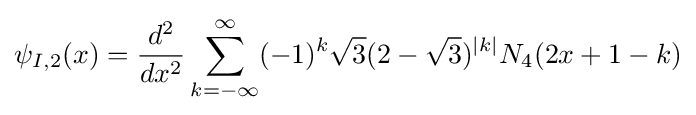
\psi _{I,2}(x)={\frac {d^{2}}{dx^{2}}}\sum _{k=-\infty }^{\infty }(-1)^{k}{\sqrt {3}}(2-{\sqrt {3}})^{|k|}N_{4}(2x+1-k)